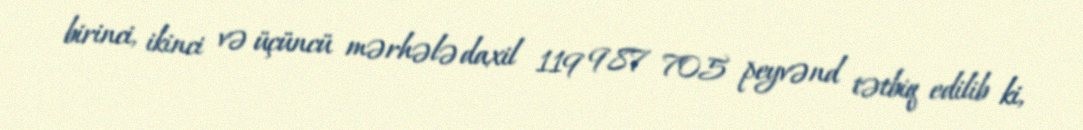
birinci, ikinci və üçüncü mərhələ daxil 119 987 705 peyvənd tətbiq edilib ki,